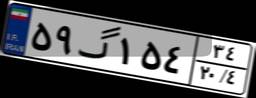
۷۹گ۰۲۳۶۰